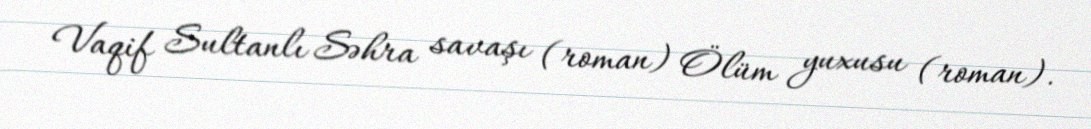
Vaqif Sultanlı Səhra savaşı (roman) Ölüm yuxusu (roman).